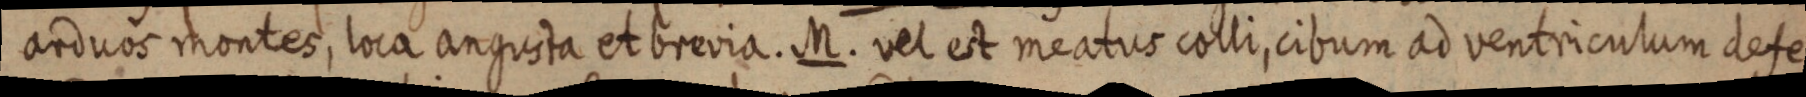
arduos montes, loca angusta et brevia. M. vel est meatus colli, cibum ad ventriculum defe